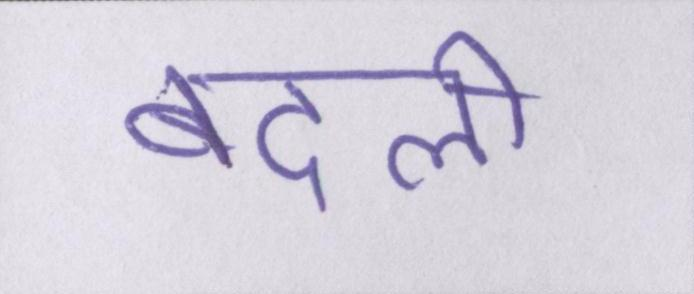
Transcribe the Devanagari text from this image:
बदली